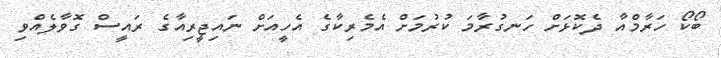
ބޯކޯ ހަރާމްއާ ދެކޮޅަށް ހަނގުރާމަ ކުރުމަށް އެމެރިކާގެ އެހީއަށް ނައިޖީރިއާގެ ރައީސް ގޮވާލެއްވި